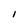
Character: I